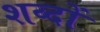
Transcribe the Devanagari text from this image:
शव्दों